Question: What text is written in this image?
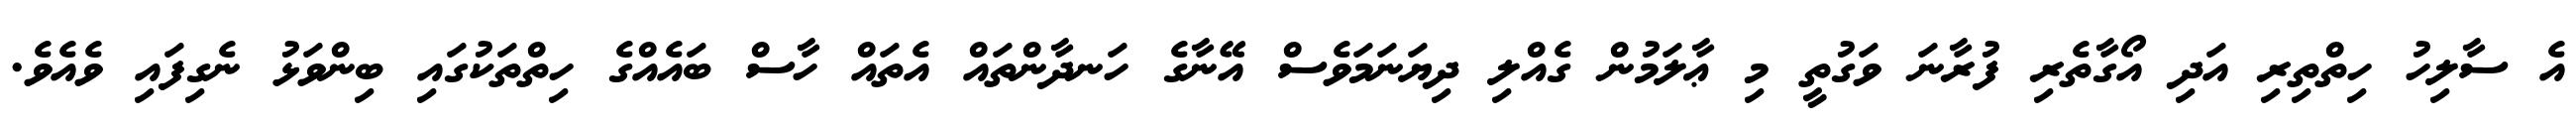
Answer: އެ ސާލިހު ހިތްތިރި އަދި އޯގާތެރި ފުރާނަ ވަގުތީ މި ޢާލަމުން ގެއްލި ދިޔަނަމަވެސް އޭނާގެ ހަނދާންތައް އެތައް ހާސް ބައެއްގެ ހިތްތަކުގައި ބިންވަޅު ނެގިފައި ވެއެވެ.